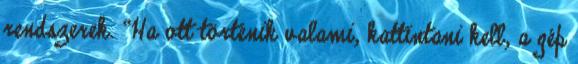
rendszerek. “Ha ott történik valami, kattintani kell, a gép